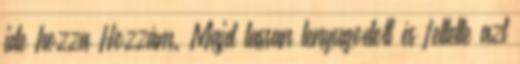
ide hozza Hozzám. Majd lassan lenyugodott és feltette azt